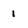
Character: 1